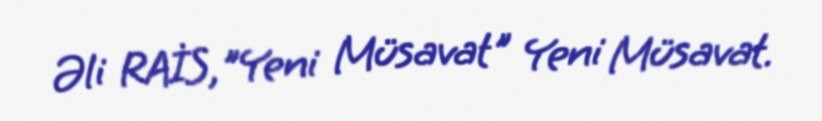
Əli RAİS,"Yeni Müsavat" Yeni Müsavat.